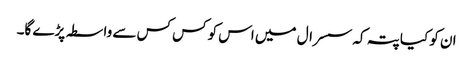
ان کو کیا پتہ کہ سسرال میں اس کو کس کس سے واسطہ پڑے گا۔